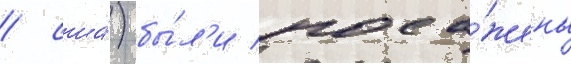
/ сша́) бы́л'и поса́жены